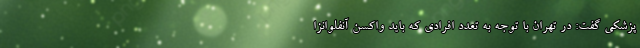
پزشکی گفت: در تهران با توجه به تعدد افرادی که باید واکسن آنفلوانزا